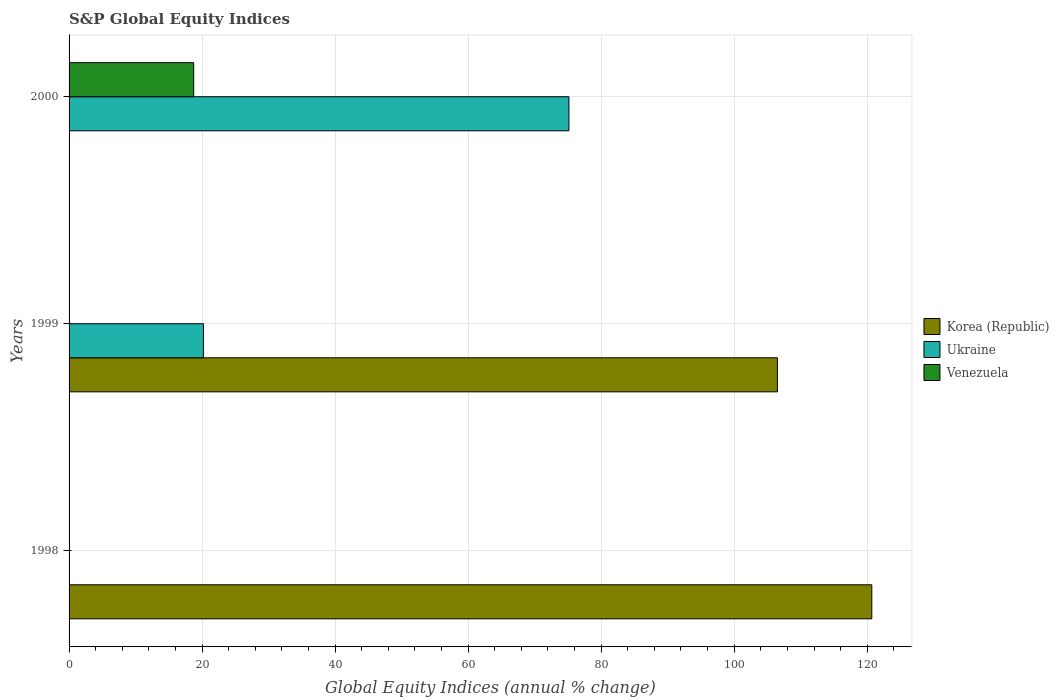
| Years | Korea (Republic) | Ukraine | Venezuela |
 | --- | --- | --- | --- |
 | 1998 | 121 | -82.2 | -50.5 |
 | 1999 | 106 | 20.2 | -12.4 |
 | 2000 | -57.1 | 75.2 | 18.7 |